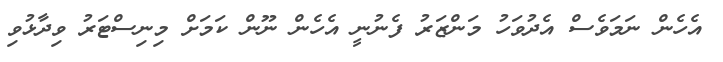
އެހެން ނަމަވެސް އެދުވަހު މަންޒަރު ފެނުނީ އެހެން ނޫން ކަމަށް މިނިސްޓަރު ވިދާޅުވި